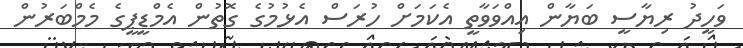
ވަހީދު ރިޔާސީ ބަޔާން އިއްވަވާތީ އެކަމަށް ހުރަސް އެޅުމުގެ ގޮތުން އެމްޑީޕީގެ މެމްބަރުން